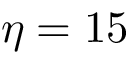
\eta = 1 5